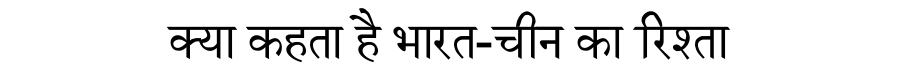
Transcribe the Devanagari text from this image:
क्या कहता है भारत-चीन का रिश्ता